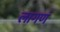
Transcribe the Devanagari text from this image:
लागणं